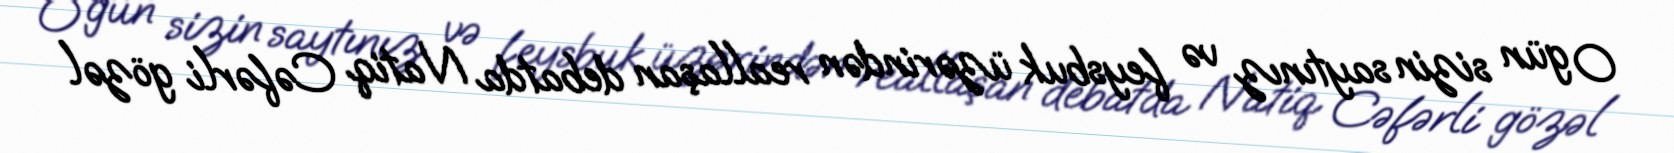
O gün sizin saytınız və feysbuk üzərindən reallaşan debatda Natiq Cəfərli gözəl